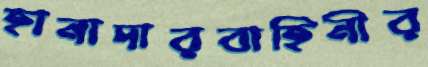
হানাদারবাহিনীর